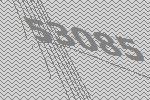
53085